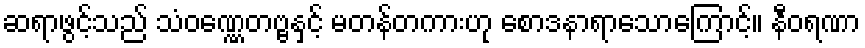
ဆရာဖွင့်သည် သံဝဏ္ဏေတဗ္ဗနှင့် မတန်တကားဟု စောဒနာရာသောကြောင့်။ နီဝရဏာ